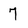
Character: 7